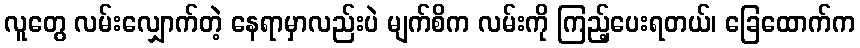
လူတွေ လမ်းလျှောက်တဲ့ နေရာမှာလည်းပဲ မျက်စိက လမ်းကို ကြည့်ပေးရတယ်၊ ခြေထောက်က